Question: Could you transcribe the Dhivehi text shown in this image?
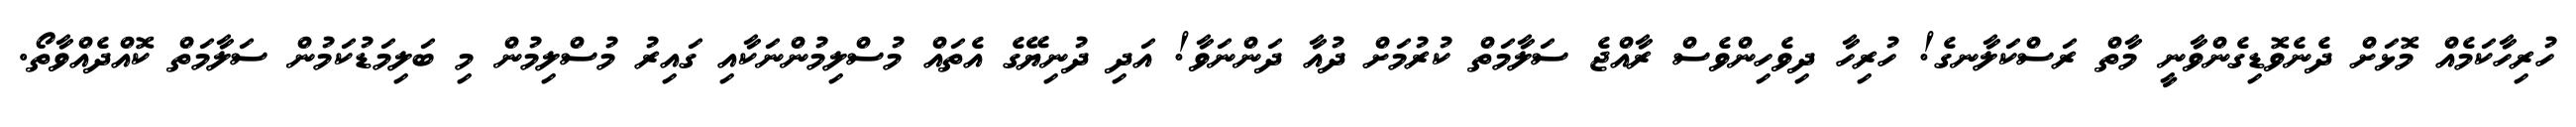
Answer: ހުރިހާކަމެއް މޮޅަށް ދެނެވޮޑިގެންވާނީ މާތް ރަސްކަލާނގެ! ހުރިހާ ދިވެހިންވެސް ރާއްޖެ ސަލާމަތް ކުރުމަށް ދުއާ ދަންނަވާ! އަދި ދުނިޔޭގެ އެތައް މުސްލިމުންނަކާއި ގައިރު މުސްލިމުން މި ބަލިމަޑުކަމުން ސަލާމަތް ކޮއްދެއްވާތޯ.